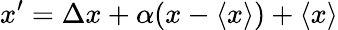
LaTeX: x^{\prime}=\Delta x+\alpha(x-\langle{x}\rangle{})+\langle{x}\rangle{}